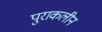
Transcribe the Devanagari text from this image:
पुराकलीन